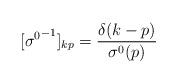
LaTeX: \begin{align*}[{\sigma^{0}}^{-1}]_{kp}={\delta (k-p)\over \sigma^{0}(p)}\end{align*}